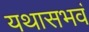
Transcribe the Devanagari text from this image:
यथासभवं